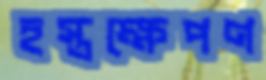
হস্তক্ষেপণ